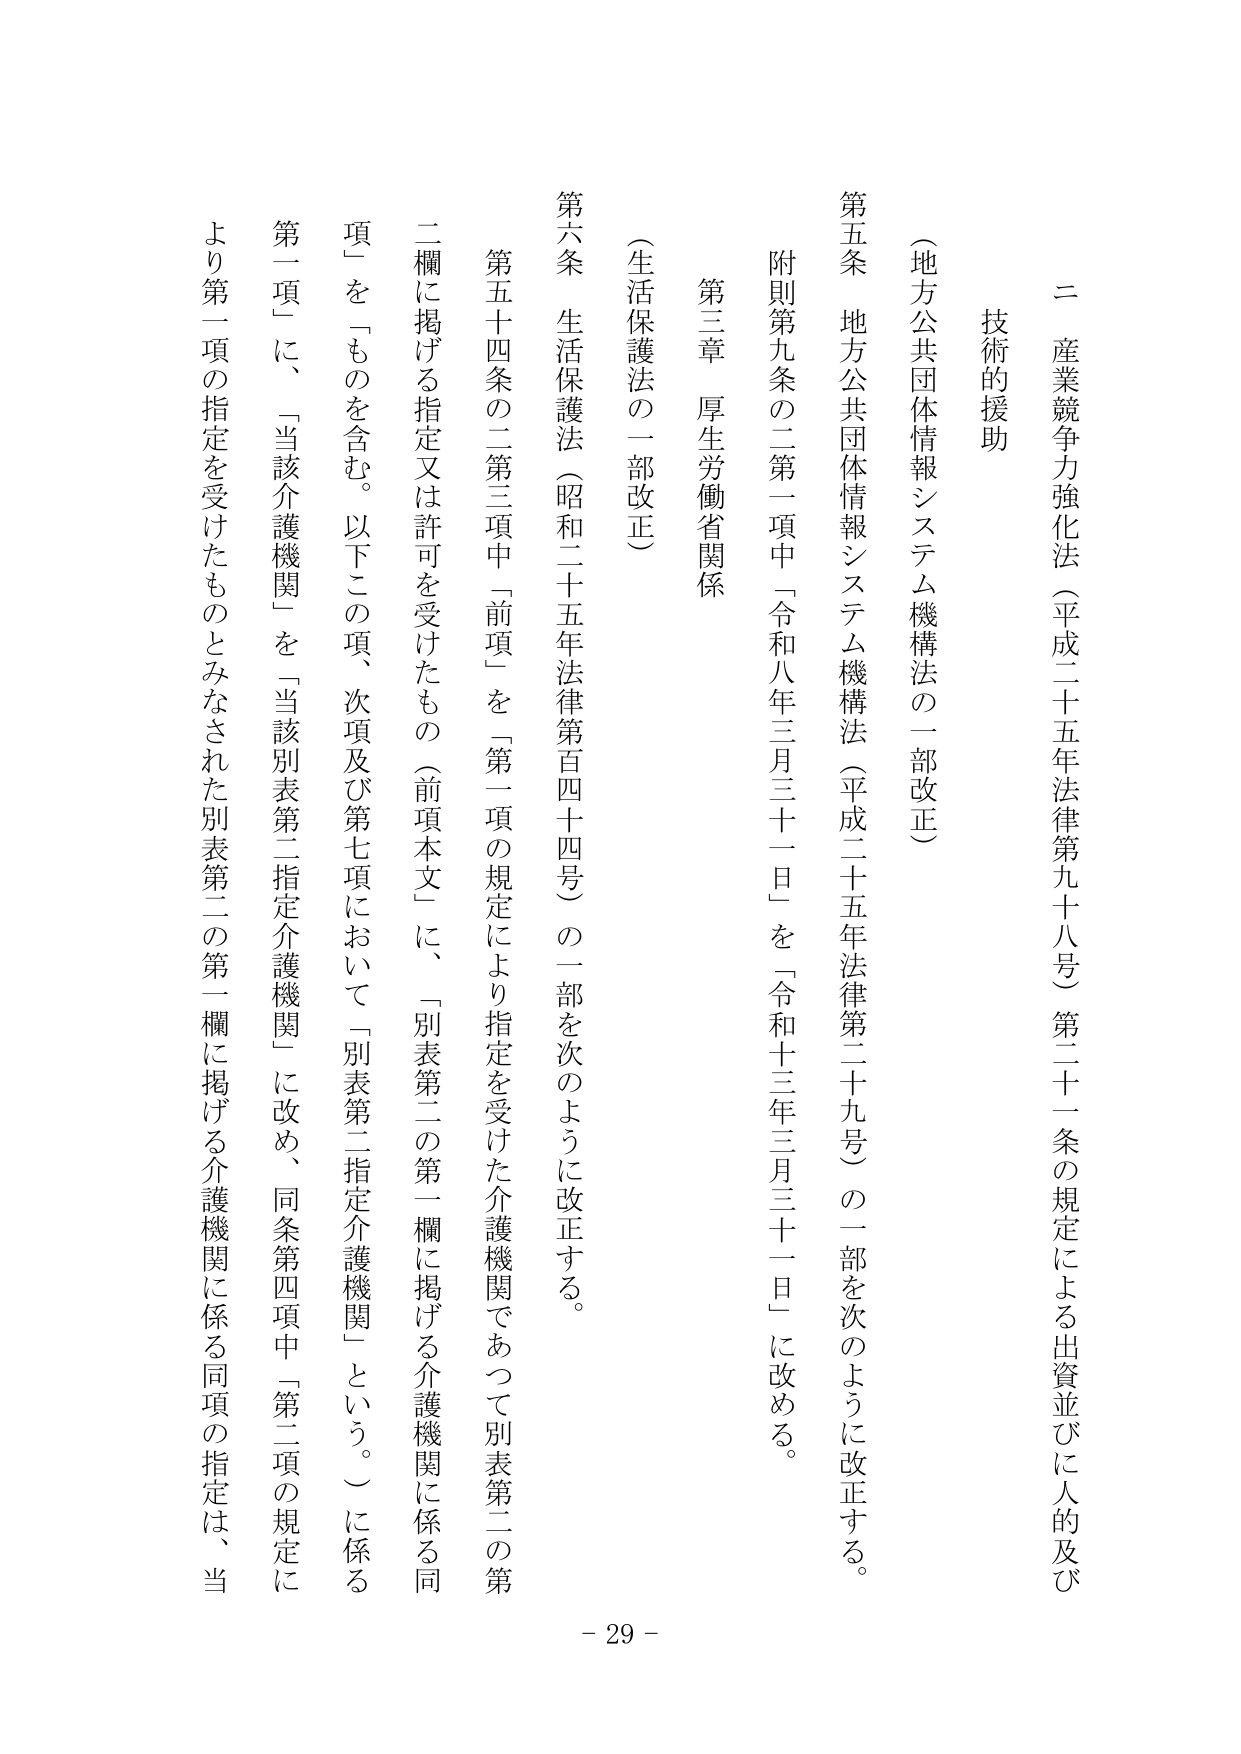
二 産業競争力強化法（平成二十五年法律第九十八号）第二十一条の規定による出資並びに人的及び
技術的援助
（地方公共団体情報システム機構法の一部改正）
第五条 地方公共団体情報システム機構法（平成二十五年法律第二十九号）の一部を次のように改正する。
附則第九条の二第一項中「令和八年三月三十一日」を「令和十三年三月三十一日」に改める。
第三章 厚生労働省関係
（生活保護法の一部改正）
第六条 生活保護法（昭和二十五年法律第百四十四号）の一部を次のように改正する。
第五十四条の二第三項中「前項」を「第一項の規定により指定を受けた介護機関であつて別表第二の第
二欄に掲げる指定又は許可を受けたもの（前項本文）に、「別表第二の第一欄に掲げる介護機関に係る同
項」を「ものを含む。以下この項、次項及び第七項において「別表第二指定介護機関」という。）に係る
第一項」に、「当該介護機関」を「当該別表第二指定介護機関」に改め、同条第四項中「第二項の規定に
より第一項の指定を受けたものとみなされた別表第二の第一欄に掲げる介護機関に係る同項の指定は、当
- 29 -